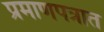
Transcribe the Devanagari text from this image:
प्रमाणपत्रात